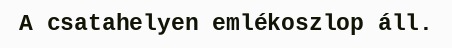
A csatahelyen emlékoszlop áll.